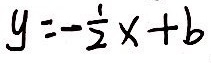
y = - \frac { 1 } { 2 } x + b